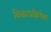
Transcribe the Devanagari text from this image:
विचारप्रक्रियेवर